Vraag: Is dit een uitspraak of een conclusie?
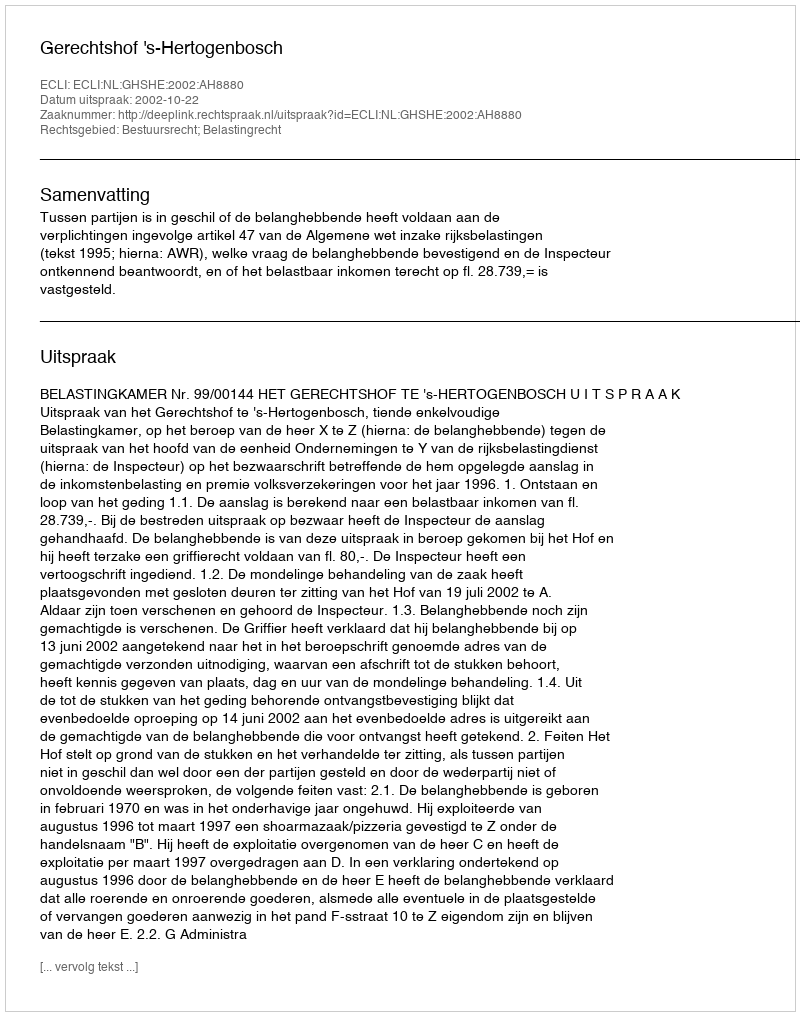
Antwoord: Uitspraak